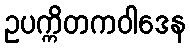
ဥပက္ကိတကဝါဒေန